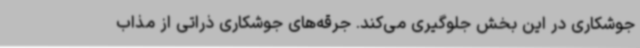
جوشکاری در این بخش جلوگیری می‌کند. جرقه‌های جوشکاری ذراتی از مذاب